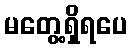
မတွေ့ရှိရပေ